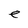
Character: e